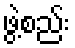
ဖွဲ့စည်း